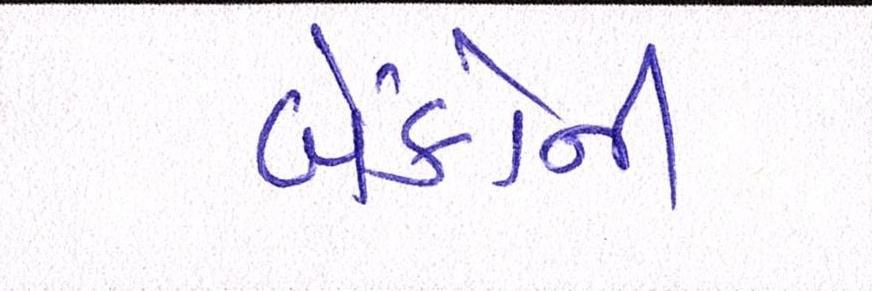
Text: બેંકોની